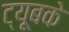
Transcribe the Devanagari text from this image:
ट्यूबके